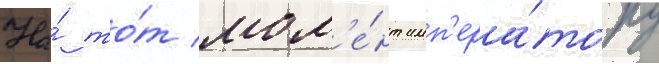
На́ то́т мом'е́нт имп'ера́тору